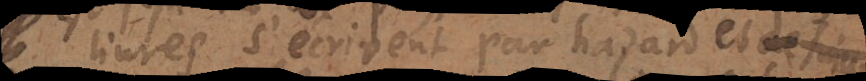
livres s’écrivent par hazard et de